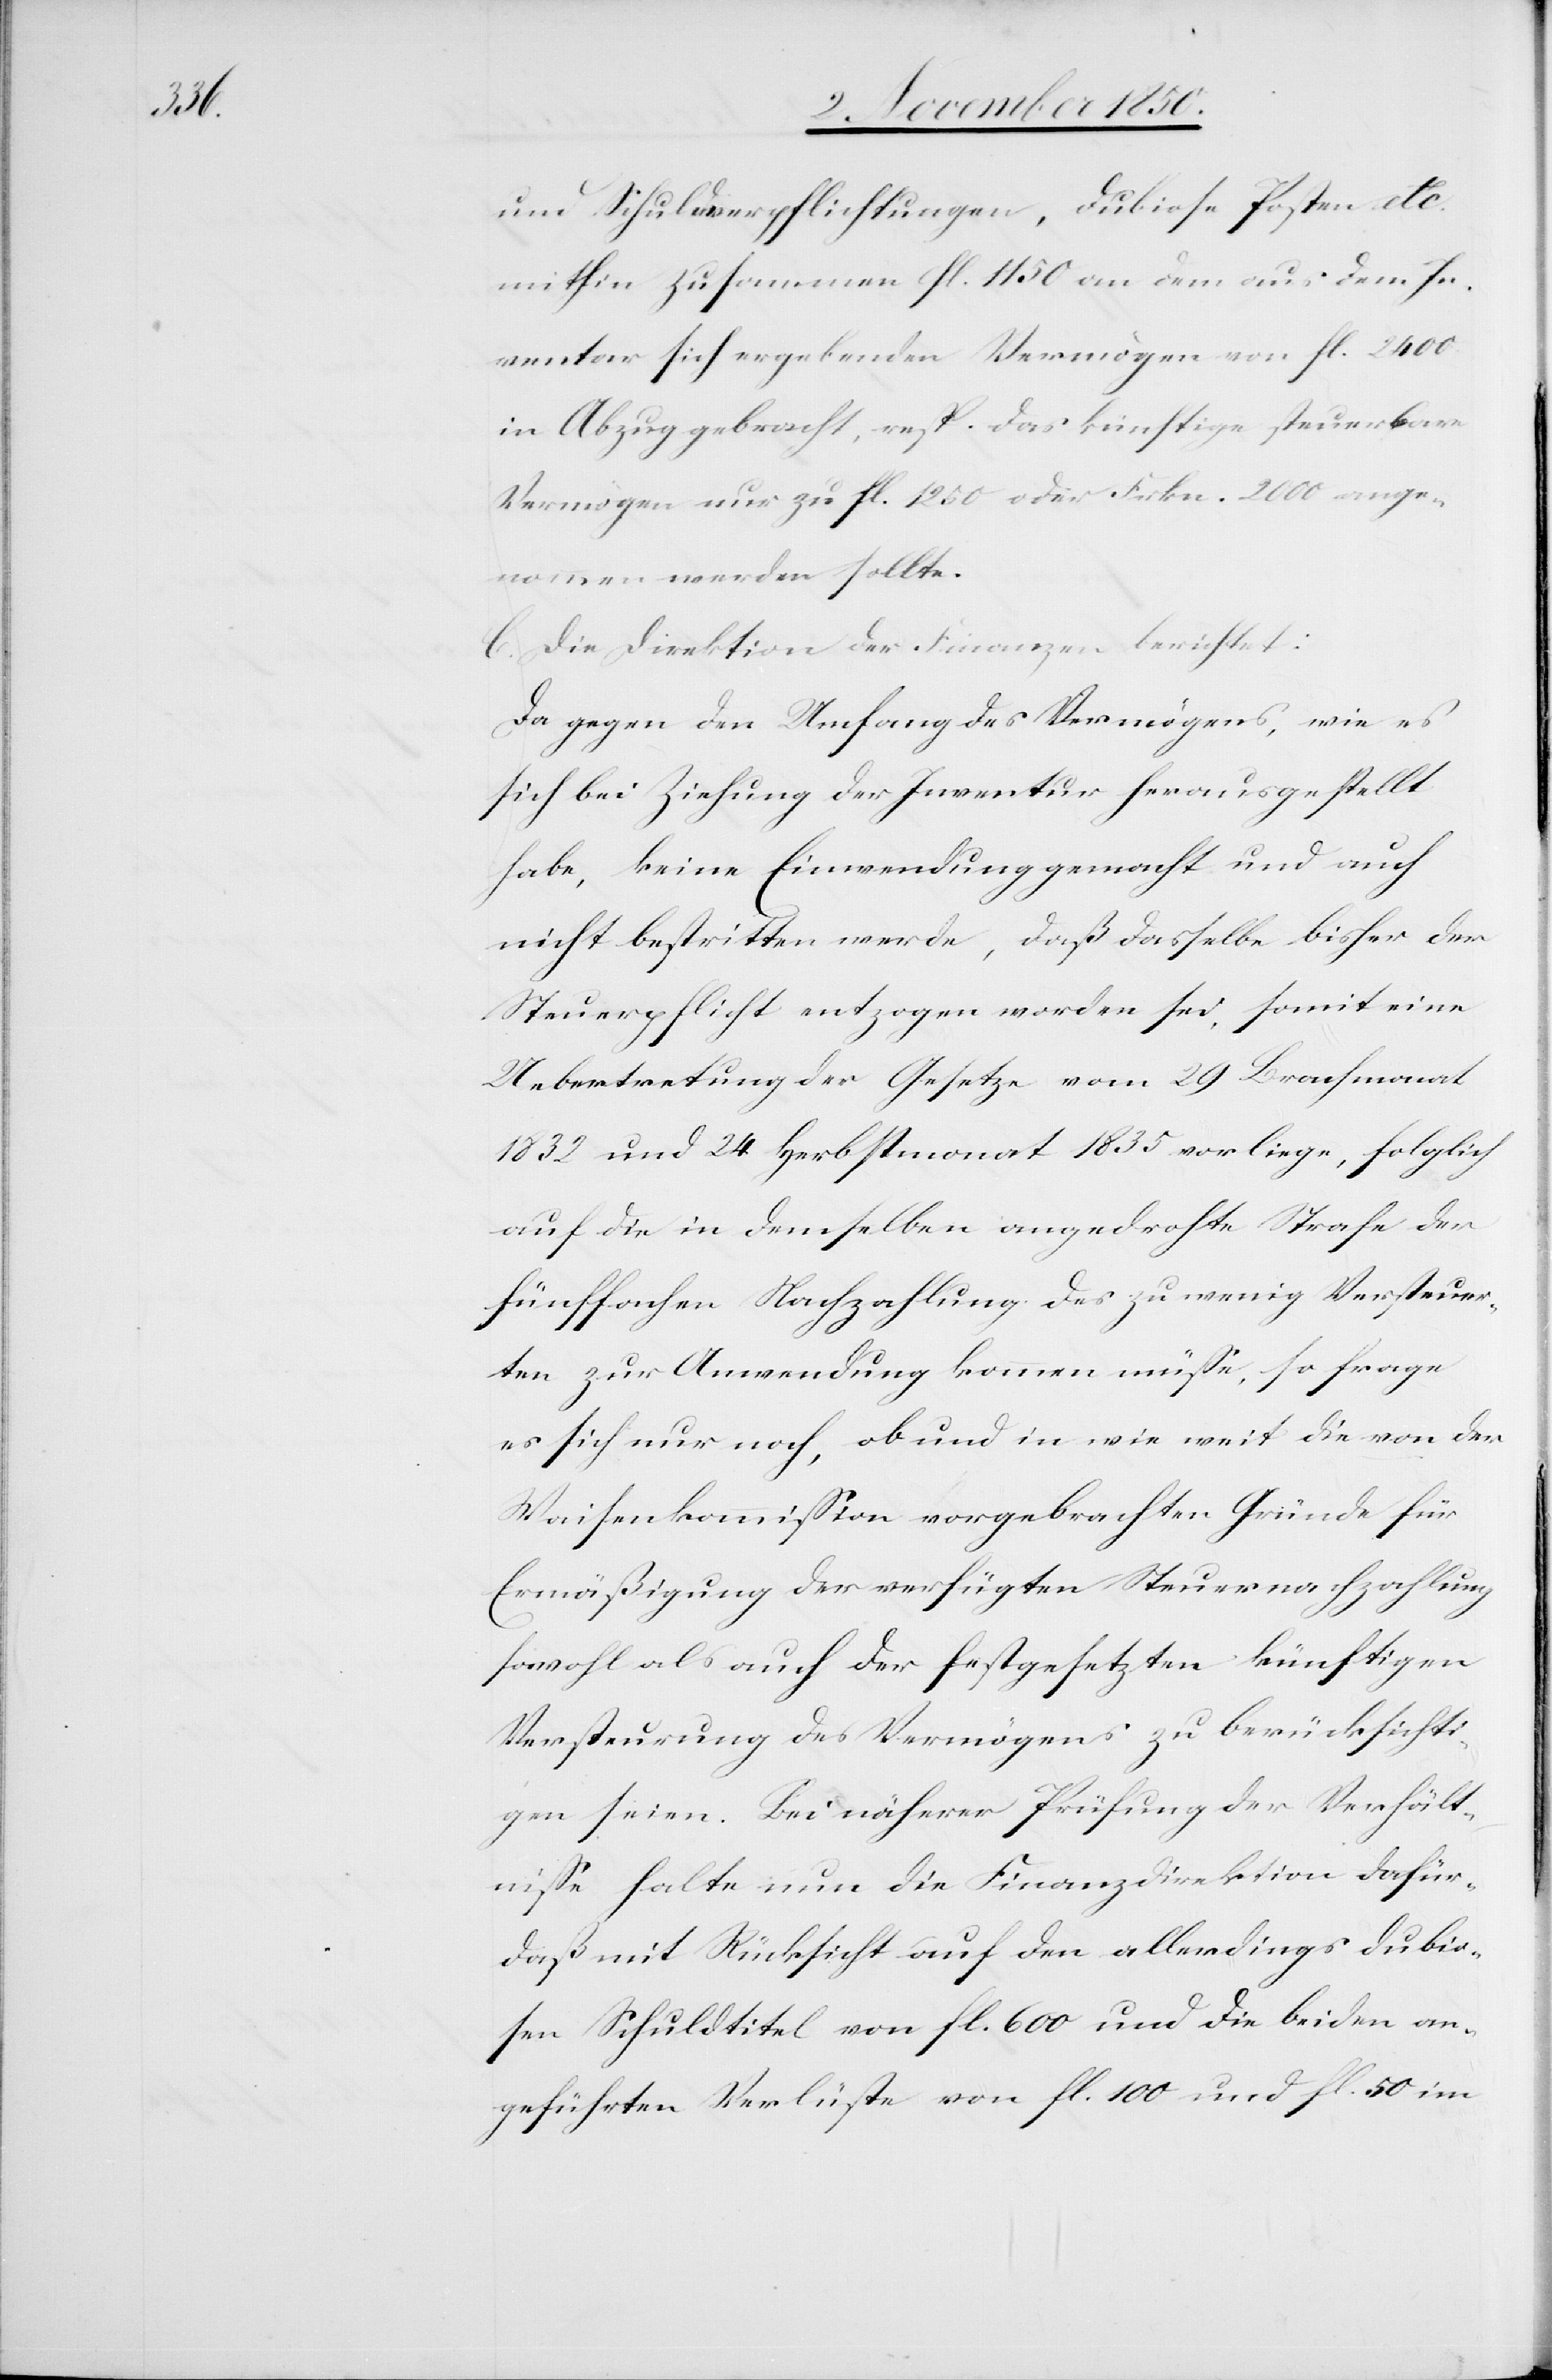
und Schuldverpflichtungen, dubiose Posten etc.
mithin zusammen fl. 1150 an dem aus dem In¬
ventar sich ergebenden Vermögen von fl. 2400
in Abzug gebracht, resp. das künftige steuerbare
Vermögen nur zu fl. 1250 oder Frkn. 2600 ange¬
nommen werden sollte.
C. Die Direktion der Finanzen berichtet:
Da gegen den Umfang des Vermögens, wie es
sich bei Ziehung der Inventur herausgestellt
habe, keine Einwendung gemacht und auch
nicht bestritten werde, daß dasselbe bisher der
Steuerpflicht entzogen worden sei, somit eine
Uebertretung der Gesetze vom 29 Brachmonat
1832 und 24 Herbstmonat 1835 vorliege, folglich
auf die in demselben angedrohte Strafe der
fünffachen Nachzahlung des zu wenig Versteuer¬
ten zur Anwendung kommen müsse, so frage
es sich nur noch, ob und in wie weit die von der
Waisenkommission vorgebrachten Gründe für
Ermäßigung der verfügten Steuernachzahlung
sowohl als auch der festgesetzten künftigen
Versteurung des Vermögens zu berücksichti¬
gen seien. Bei näherer Prüfung der Verhält¬
nisse halte nun die Finanzdirektion dafür,
daß mit Rücksicht auf den allerdings dubio¬
sen Schuldtitel von fl. 600 und die beiden an¬
geführten Verlüste von fl. 100 und fl. 50 im